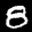
Label: 8